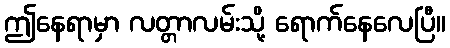
ဤနေရာမှာ လတ္တာလမ်းသို့ ရောက်နေလေပြီ။